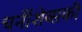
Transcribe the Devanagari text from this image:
चर्नीशेव्सकी